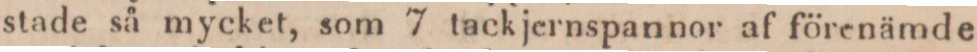
stade så mycket, som 7 tackjernspannor af förenämde